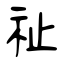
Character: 祉